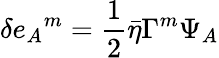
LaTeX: \delta e_{A}{}^{m}={\frac{1}{2}}\bar{\eta}\Gamma^{m}\Psi_{A}